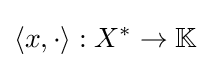
\langle x,\cdot \rangle :X^{*}\to \mathbb {K}